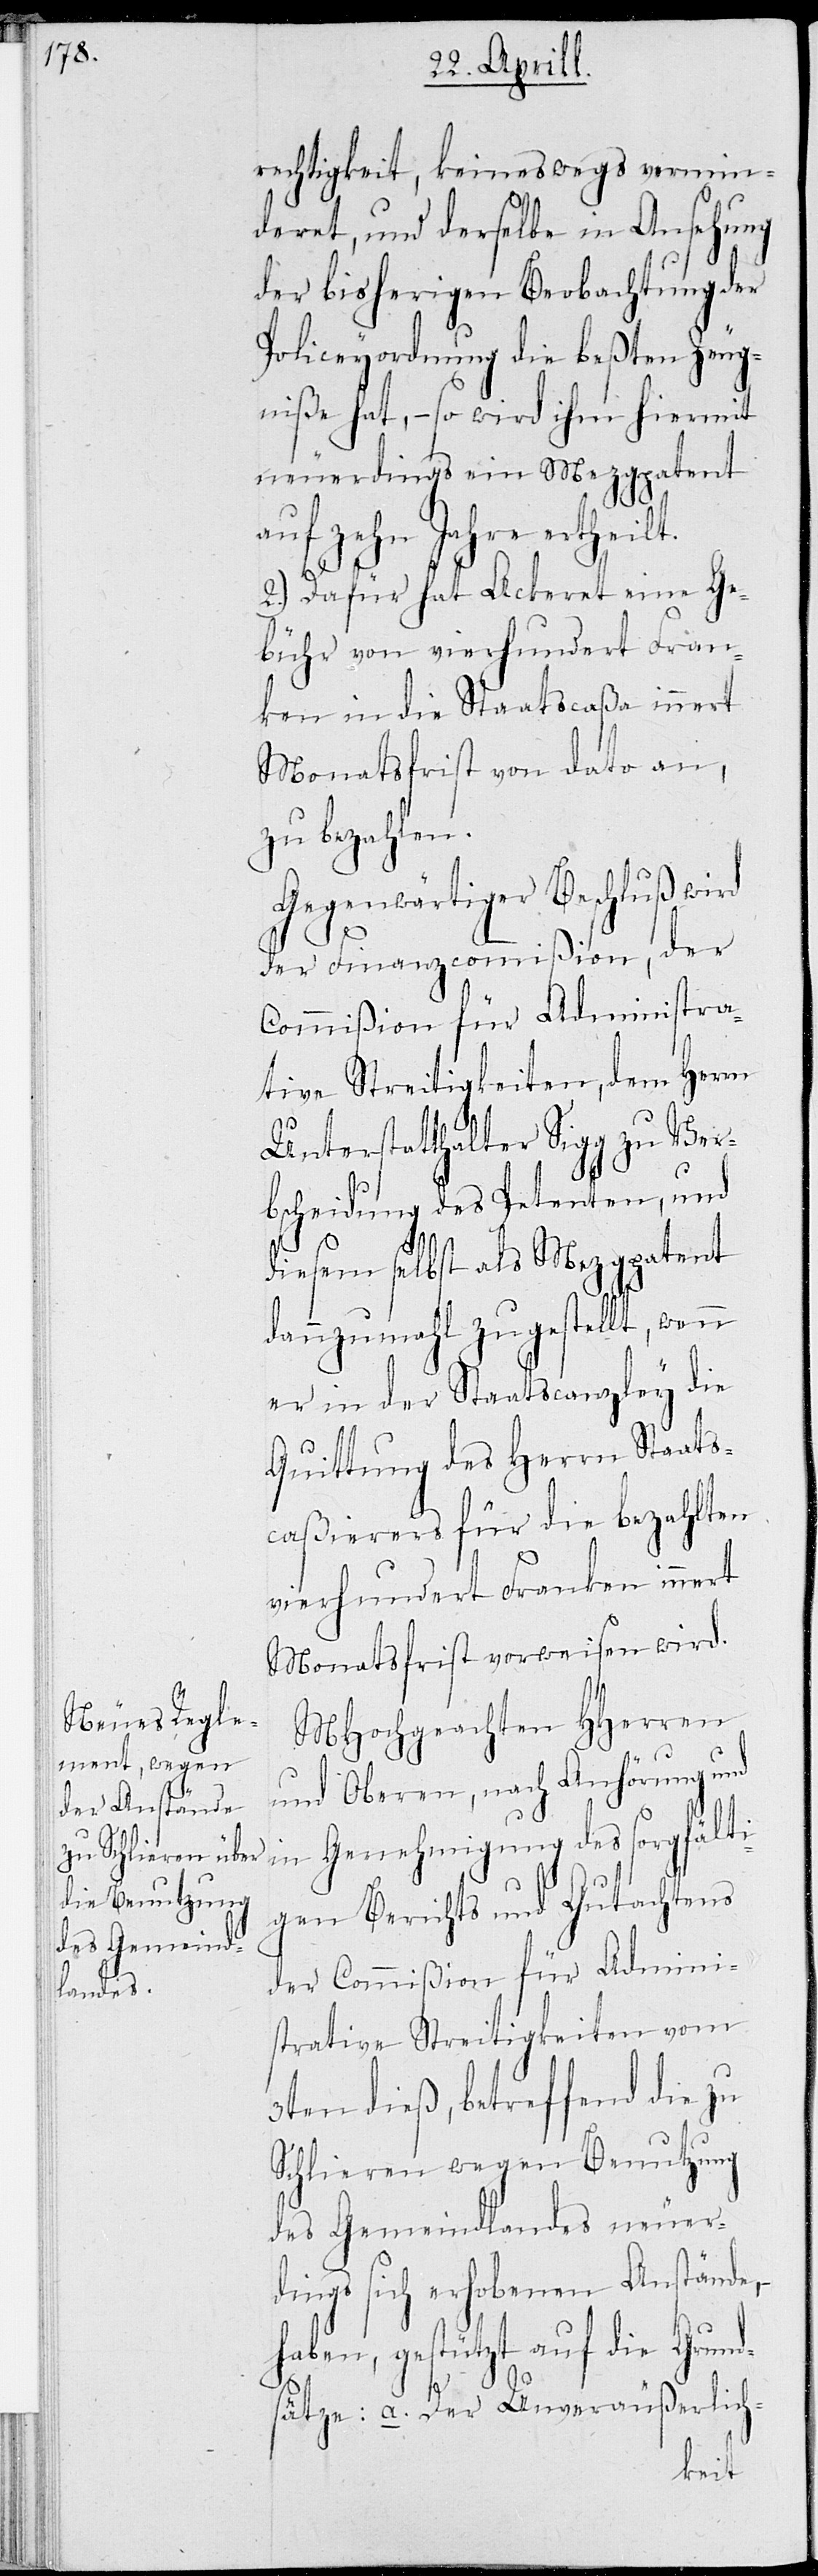
rechtigkeit, keineswegs verrin¬
geret, und derselbe in Ansehung
der bisherigen Beobachtung der
Policeyordnung die beßten Zeug¬
niße hat, – so wird ihm hiermit
neuerdings ein Metzgpatent
auf zehn Jahre ertheilt.
2.) Dafür hat Ackeret eine Ge¬
bühr von vierhundert Fran¬
ken in die Staatscaßa innert
Monatsfrist von Dato an,
zu bezahlen.
Gegenwärtiger Beschluß wird
der Finanzcommißion, der
Commißion für Administra¬
tive Streitigkeiten, dem Herrn
Unterstatthalter Sigg zu Ver¬
bscheidung des Petenten, und
diesem selbst als Metzgpatent
dannzumahl zugestellt, wenn
er in der Staatscanzley die
Quittung des Herrn Staats¬
caßierers für die bezahlten
vierhundert Franken innert
Monatsfrist vorweisen wird.
MHochgeachten HHerren
und Oberen, nach Anhörung und
in Genehmigung des sorgfälti¬
gen Berichts und Gutachtens
der Commißion für Admini¬
strative Streitigkeiten vom
3ten dieß, betreffend die zu
Schlieren wegen Benutzung
des Gemeindlandes neuer¬
dings sich erhobenen Anstände,
haben, gestützt auf die Grun¬
dsätze: a. Der Unveräußerlich-